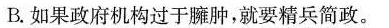
B.如果政府机构过于臃肿，就要精兵简政。